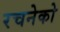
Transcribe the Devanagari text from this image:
रचनेको